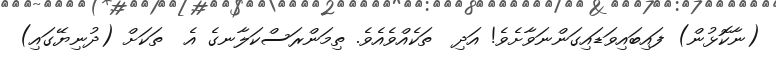
(ނާކޮޅުން) ފައިބައިވަޑައިގަންނަވާށެވެ! އަދި  ތަކެއްވެއެވެ. ތިމަންރަސްކަލާނގެ އެ  ތަކަށް (ދުނިޔޭގައި)